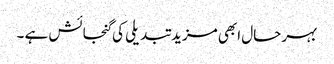
بہر حال ابھی مزید تبدیلی کی گنجائش ہے ۔